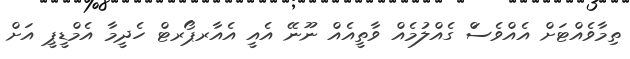
ތިމާވެއްޓަށް އެއްވެސަް ގެއްލުމެއް ވާތީއެއް ނޫނޭ އެއީ އެއާރޕޯރޓް ހެދީމާ އެމްޑީޕީ އަށް